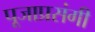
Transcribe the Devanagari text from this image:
पूजाप्रसंगी